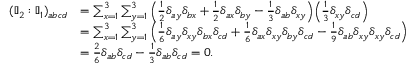
\begin{array} { r l } { ( \mathbb { I } _ { 2 } : \mathbb { I } _ { 1 } ) _ { a b c d } } & { = \sum _ { x = 1 } ^ { 3 } \sum _ { y = 1 } ^ { 3 } \Big ( \frac { 1 } { 2 } \delta _ { a y } \delta _ { b x } + \frac { 1 } { 2 } \delta _ { a x } \delta _ { b y } - \frac { 1 } { 3 } \delta _ { a b } \delta _ { x y } \Big ) \Big ( \frac { 1 } { 3 } \delta _ { x y } \delta _ { c d } \Big ) } \\ & { = \sum _ { x = 1 } ^ { 3 } \sum _ { y = 1 } ^ { 3 } \Big ( \frac { 1 } { 6 } \delta _ { a y } \delta _ { x y } \delta _ { b x } \delta _ { c d } + \frac { 1 } { 6 } \delta _ { a x } \delta _ { x y } \delta _ { b y } \delta _ { c d } - \frac { 1 } { 9 } \delta _ { a b } \delta _ { x y } \delta _ { x y } \delta _ { c d } \Big ) } \\ & { = \frac { 2 } { 6 } \delta _ { a b } \delta _ { c d } - \frac { 1 } { 3 } \delta _ { a b } \delta _ { c d } = 0 . } \end{array}